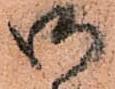
御